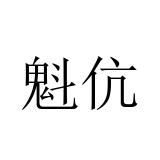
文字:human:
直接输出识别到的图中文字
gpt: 魁伉